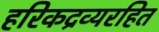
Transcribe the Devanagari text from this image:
हरिकद्रव्यरहित